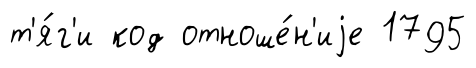
т'я́г'и код отноше́н'иjе 1795